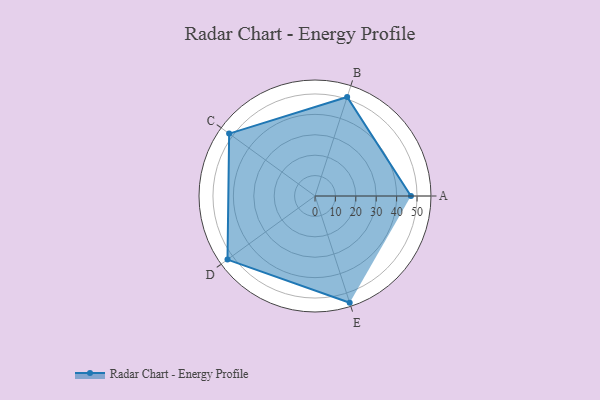
{"axis": {"x": "Skill", "y": "Score"}, "legend": ["Profile"], "data": [{"x": "A", "y": 47.0, "type": "Profile"}, {"x": "B", "y": 51.0, "type": "Profile"}, {"x": "C", "y": 52.0, "type": "Profile"}, {"x": "D", "y": 53.0, "type": "Profile"}, {"x": "E", "y": 55.0, "type": "Profile"}]}